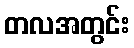
တလအတွင်း